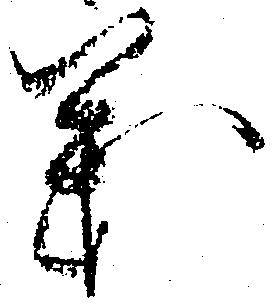
義